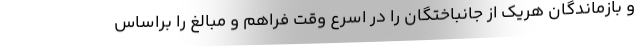
و بازماندگان هریک از جانباختگان را در اسرع وقت فراهم و مبالغ را براساس